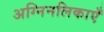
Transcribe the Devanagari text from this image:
अग्निनलिकाएँ